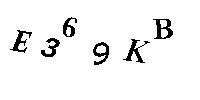
E369KB